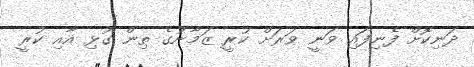
ދަނިކޮށް ފެނިފައި ވަނީ ވަރަށް ކުރީ ޒަމާނުގެ ތިން ގުޅި އާއި ކުރީ